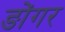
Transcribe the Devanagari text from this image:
ङोंगर